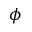
\boldsymbol { \phi }